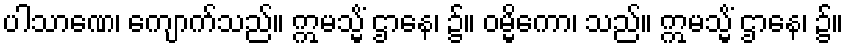
ပါသာဏေ၊ ကျောက်သည်။ ဣမသ္မိံ ဌာနေ၊ ၌။ ဝမ္မိကော၊ သည်။ ဣမသ္မိံ ဌာနေ၊ ၌။